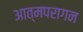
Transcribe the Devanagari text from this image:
आत्मपरागन